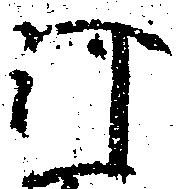
河